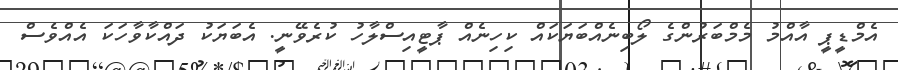
އެމްޑީޕީ އާއްމު މެމްބަރުންގެ ލޯބިނެއްބަޔަކައް ކިހިނެއް ޕާޓީއިސްލާހު ކުރެވޭނީ. އެބަޔަކު ދައްކާވާހަކަ އެއްވެސް